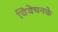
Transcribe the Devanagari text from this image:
विवेचनके